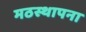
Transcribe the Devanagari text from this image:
मठस्थापना